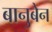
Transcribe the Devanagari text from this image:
बानुबेन